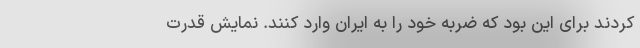
کردند برای این بود که ضربه خود را به ایران وارد کنند. نمایش قدرت